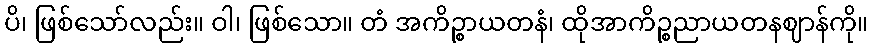
ပိ၊ ဖြစ်သော်လည်း။ ဝါ၊ ဖြစ်သော။ တံ အကိဉ္စာယတနံ၊ ထိုအာကိဉ္စညာယတနဈာန်ကို။